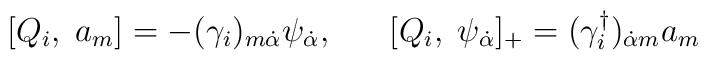
[Q_{i},\;a_{m}] = - (\gamma_{i})_{m \dot{\alpha}}\psi_{\dot{\alpha}} , \;\;\;\;\;\;[Q_{i},\; \psi_{\dot{\alpha}}]_{+} = (\gamma^{\dagger}_{i})_{\dot{\alpha} m} a_{m}